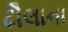
ઢૌલાના